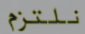
نلتزم